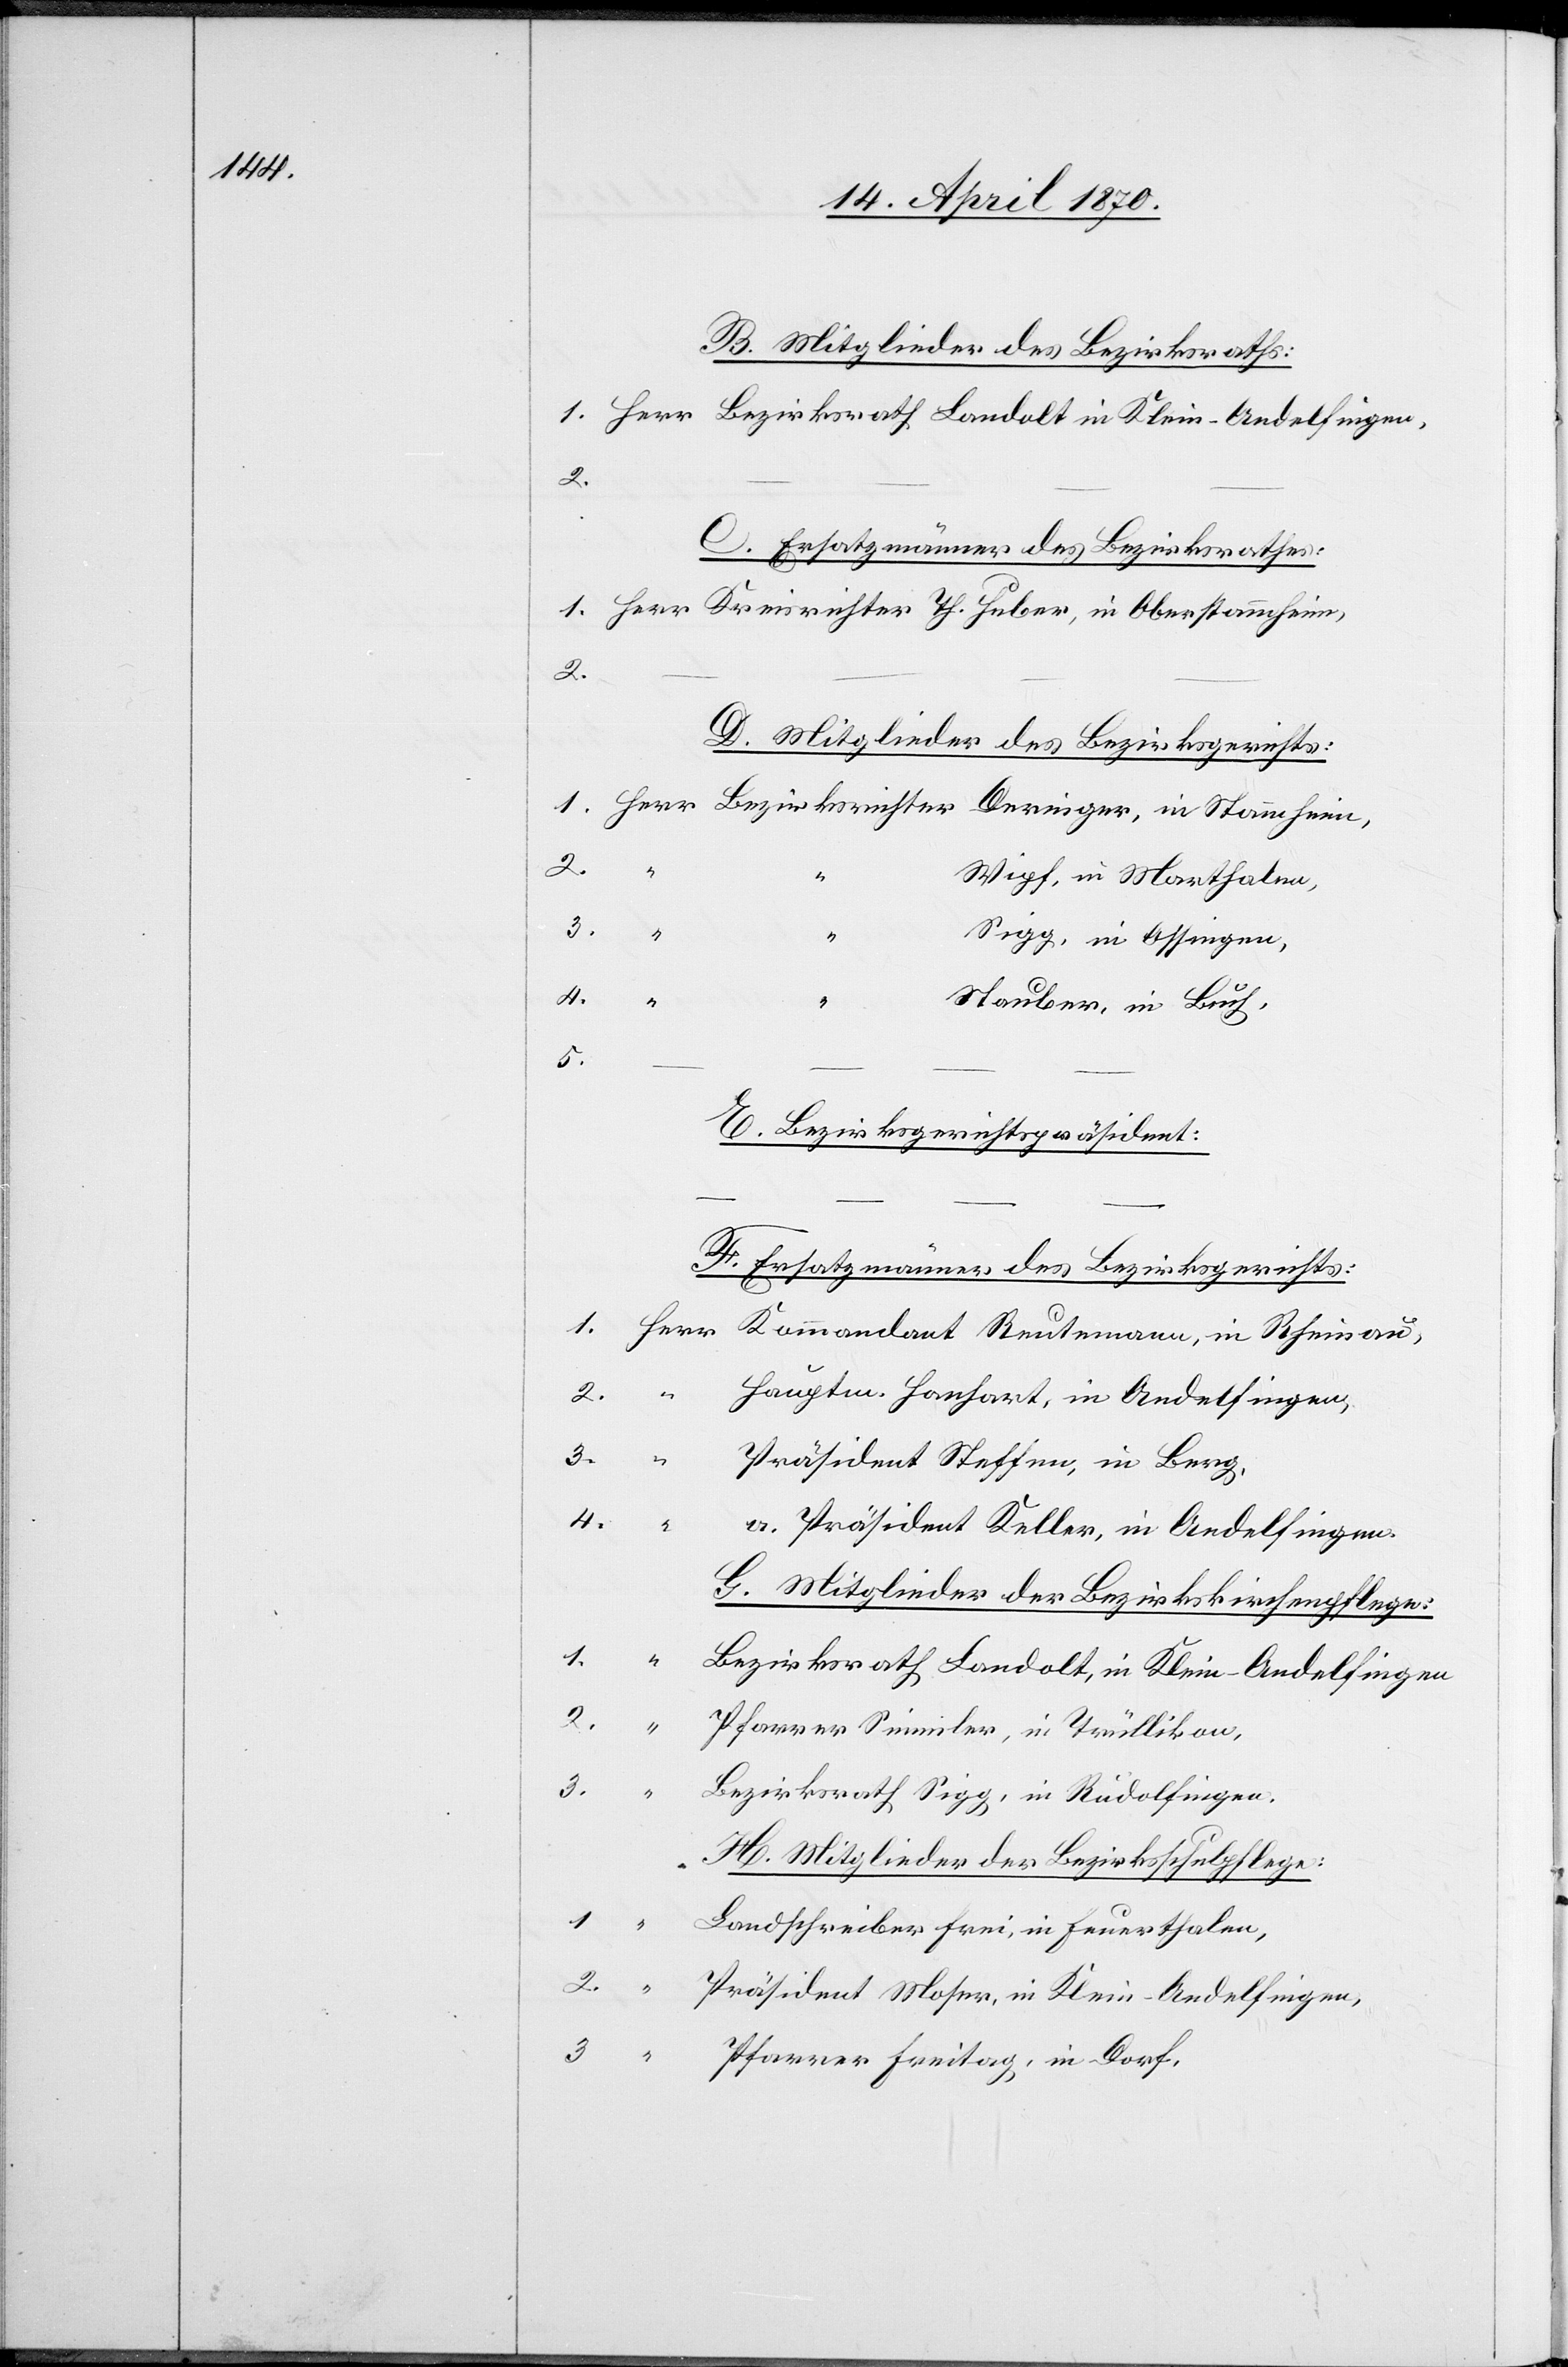
B. Mitglieder des Bezirksraths:
C. Ersatzmänner des Bezirksrathes:
D. Mitglieder des Bezirksgerichts:
Deringer, in Stammheim,
Wipf, in Marthalen,
3.
Sigg, in Ossingen,
4.
“
Stauber, in Buch,
5.
E. Bezirksgerichtspräsident:
F. Ersatzmänner des Bezirksgerichts:
– – – –
2.
Hauptm. Hanhart, in Andelfingen,
3.
Präsident Steffen, in Berg,
4.
“
a. Präsident Keller, in Andelfingen.
G. Mitglieder der Bezirkskirchenpflege:
1.
“
Bezirksrath Landolt, in Klein-Andelfingen
2.
“
Pfarrer Simmler, in Trüllikon,
3.
“
Bezirksrath Sigg, in Rudolfingen.
H. Mitglieder der Bezirksschulpflege:
1.
Landschreiber Frei, in Feuerthalen,
Präsident Moser, in Klein-Andelfingen,
3.
Pfarrer Freitag, in Dorf,